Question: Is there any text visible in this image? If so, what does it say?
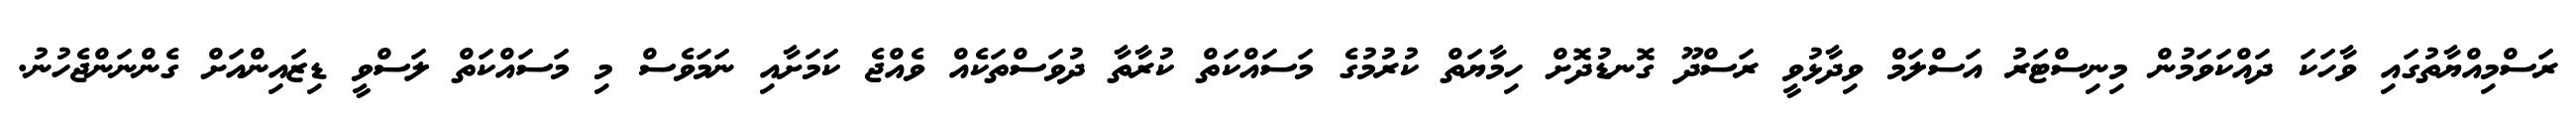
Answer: ރަސްމިއްޔާތުގައި ވާހަކަ ދައްކަވަމުން މިނިސްޓަރު އަސްލަމް ވިދާޅުވީ ރަސްދޫ ގޮނޑުދޮށް ހިމާޔަތް ކުރުމުގެ މަސައްކަތް ކުރާތާ ދުވަސްތަކެއް ވެއްޖެ ކަމަށާއި ނަމަވެސް މި މަސައްކަތް ލަސްވީ ޑިޒައިންއަށް ގެންނަންޖެހުނު.